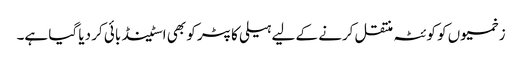
زخمیوں کو کوئٹہ منتقل کرنے کے لیے ہیلی کاپٹر کو بھی اسٹینڈ بائی کر دیا گیا ہے۔